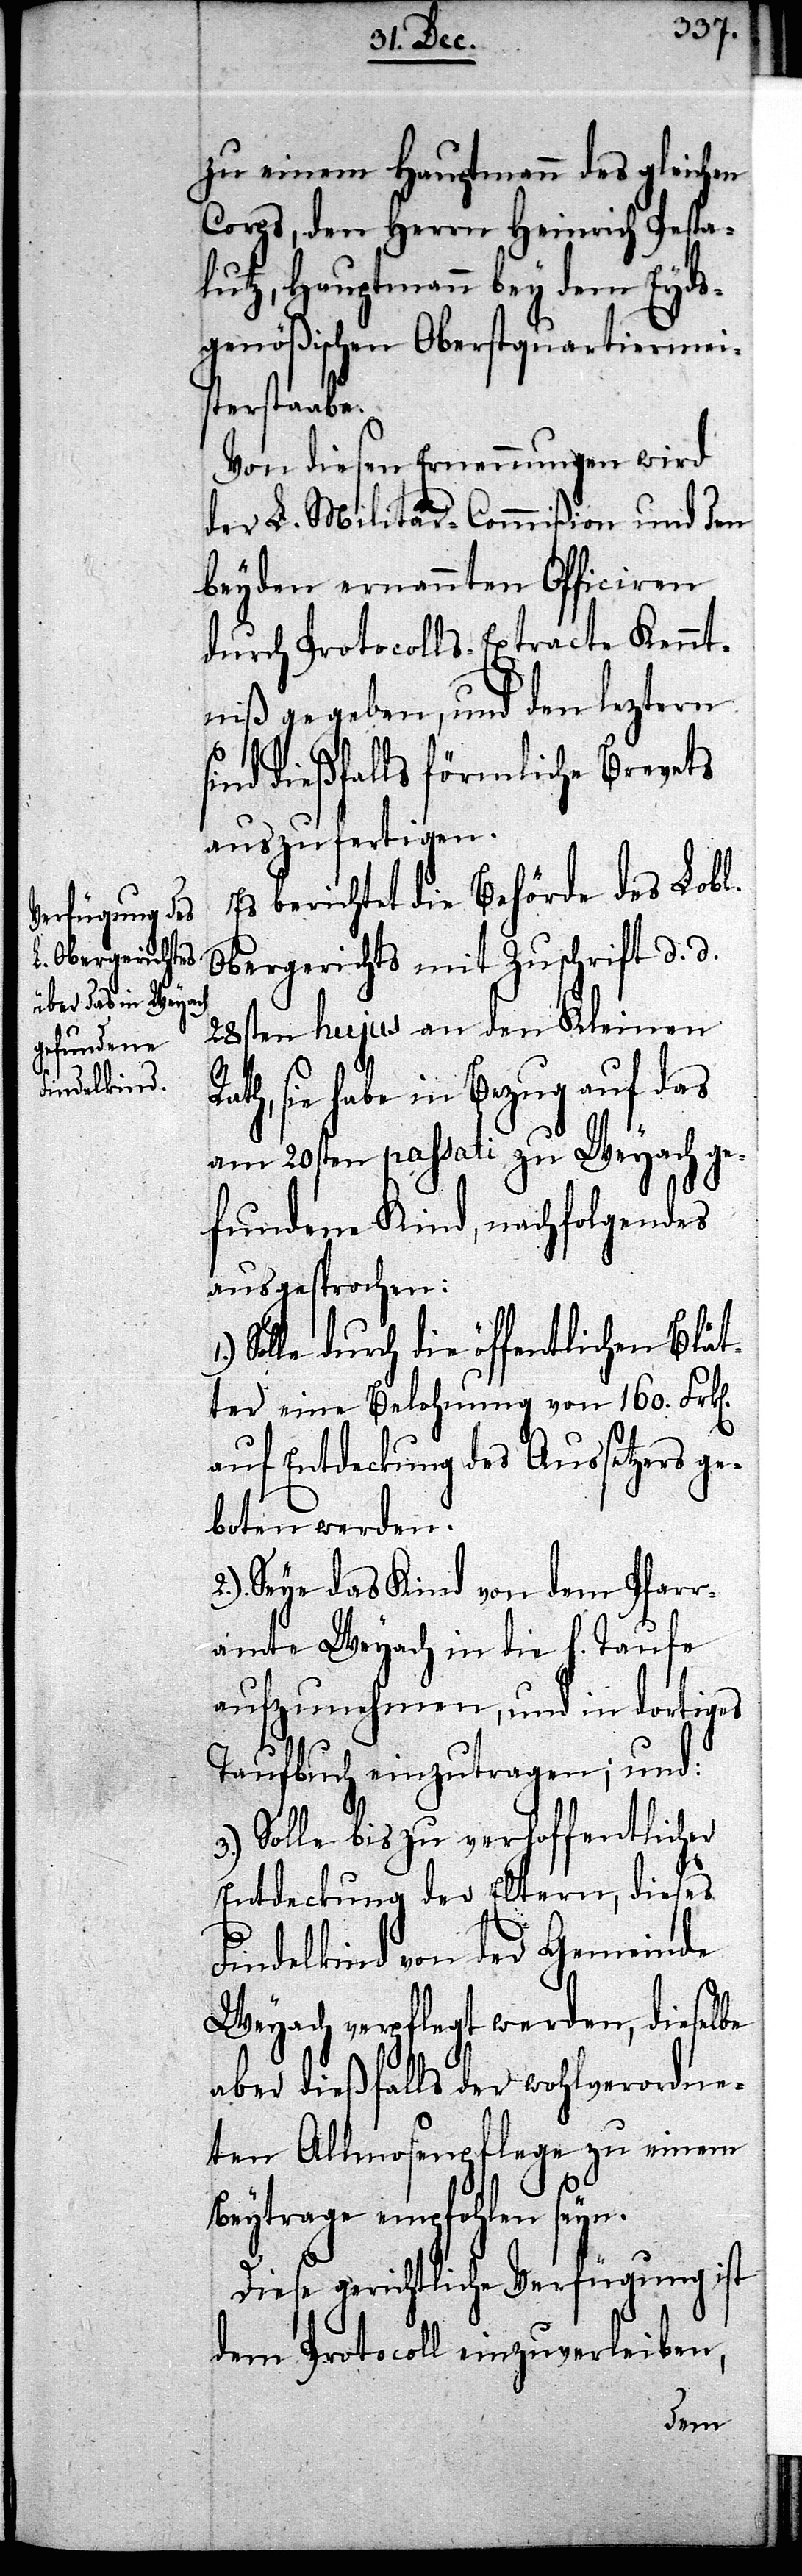
zu einem Hauptmann des gleichen
Corps, den Herrn Heinrich Pesta¬
lutz, Hauptmann bey dem Eyds¬
genößischen Oberstquartiermei¬
sterstaabe.
Von diesen Ernennungen wird
der L. Militär-Commißion und den
beyden ernannten Officiren
durch Protocolls-Extracte Kennt¬
niß gegeben, und den leztern
sind dießfalls förmliche Brevets
auszufertigen.
Es berichtet die Behörde des Lobl.
Obergerichts mit Zuschrift d. d.
28sten hujus an den Kleinen
ath, sie habe in Bezug auf das
am 20sten passati zu Weyach ge¬
fundene Kind, nachfolgendes
ausgesprochen:
Solle durch die öffentlichen Blät¬
ter eine Belohnung von 160. Frk[e¬
auf Entdeckung des Aussetzers ge¬
boten werden.
2.) Seye das Kind von dem Pfarr¬
amte Weyach in die h. Taufe
aufzunehmen, und in dortiges
Taufbuch einzutragen; und:
3.) Solle bis zu verhoffentlicher
Entdeckung der Eltern, dieses
Findelkind von der Gemeinde
Weyach verpflegt werden, dieselbe
aber dießfalls der wohlverordne¬
ten Allmosenpflege zu einem
n].
Beytrage empfohlen seyn.
Diese gerichtliche Verfügung ist
dem Protocoll einzuverleiben,